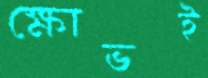
ক্ষোভই